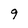
Character: 9